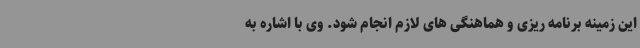
این زمینه برنامه ریزی و هماهنگی های لازم انجام شود. وی با اشاره به